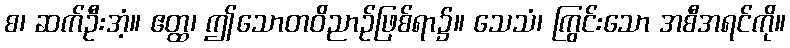
စ၊ ဆက်ဦးအံ့။ ဧတ္ထ၊ ဤသောတဝိညာဉ်ဖြစ်ရာ၌။ သေသံ၊ ကြွင်းသော အစီအရင်ကို။